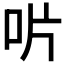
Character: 𠯯